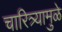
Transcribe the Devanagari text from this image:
चारित्र्यामुळे